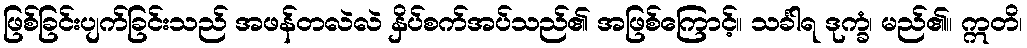
ဖြစ်ခြင်းပျက်ခြင်းသည် အဖန်တလဲလဲ နှိပ်စက်အပ်သည်၏ အဖြစ်ကြောင့်။ သင်္ခါရ ဒုက္ခံ၊ မည်၏။ ဣတိ၊